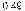
0.49